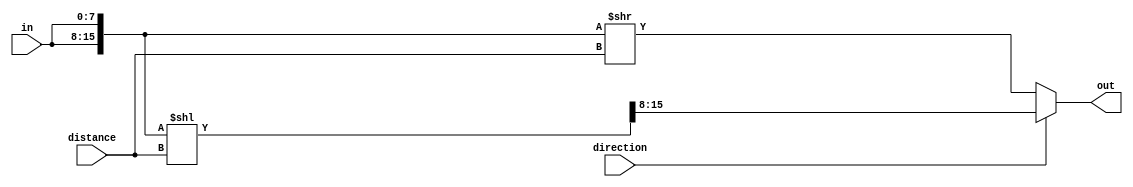
module rotator #(parameter WIDTH=8, parameter DISTANCE=8) 
(
  input wire[WIDTH-1:0] in, 
  input wire direction,
  input wire[DISTANCE-1:0] distance,
  output wire[WIDTH-1:0] out
);

  // Declarations
  wire[WIDTH*2-1:0] double_in, double_rot_l, double_rot_r; 
  wire[WIDTH-1:0] rot_l, rot_r;
	
	// Rotating logic
  assign double_in = {2{in}};
  
  // right rotation
  assign double_rot_r = double_in >> distance; 
  assign rot_r = double_rot_r[WIDTH-1:0];
  
  // left rotation
  assign double_rot_l = double_in << distance;
  assign rot_l = double_rot_l[WIDTH*2-1:WIDTH];
	
	// Output mux logic
  assign out = direction ? rot_l : rot_r;
	
endmodule